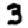
Digit: 3